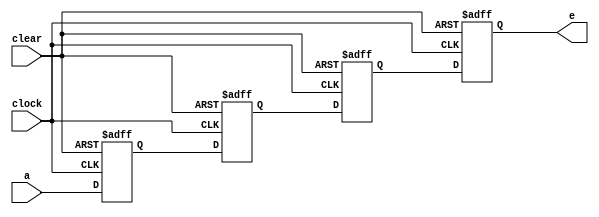
module bitshift(a, e,clock , clear);
input a, clock, clear;
output reg e;
reg b, c, d;
always @ (posedge clock , negedge clear)
begin
    if (clear == 0)  begin b<=0; c<=0; d<=0; e<=0; end 
        else begin
            e <= d;
            d <= c;
            c <= b;
            b <= a;         
end
end
endmodule